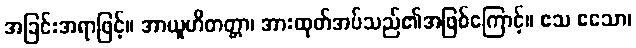
အခြင်းအရာဖြင့်။ အာယူဟိတတ္တာ၊ အားထုတ်အပ်သည်၏အဖြစ်ကြောင့်။ ဧသ ဧသော၊